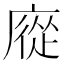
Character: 㢔